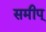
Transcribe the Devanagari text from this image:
समीप्